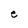
Character: e